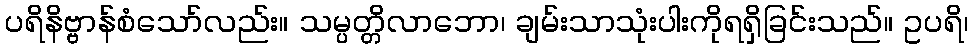
ပရိနိဗ္ဗာန်စံသော်လည်း။ သမ္ပတ္တိလာဘော၊ ချမ်းသာသုံးပါးကိုရရှိခြင်းသည်။ ဥပရိ၊